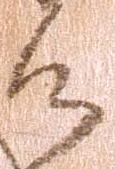
候